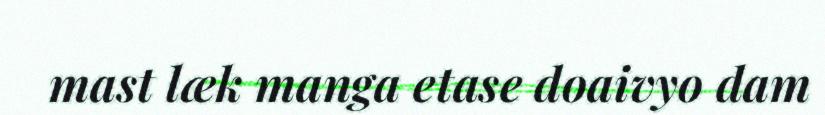
mast læk manga etase doaivyo dam